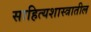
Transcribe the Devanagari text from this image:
साहित्यशास्त्रातील